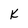
Character: K